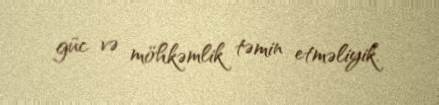
güc və möhkəmlik təmin etməliyik.